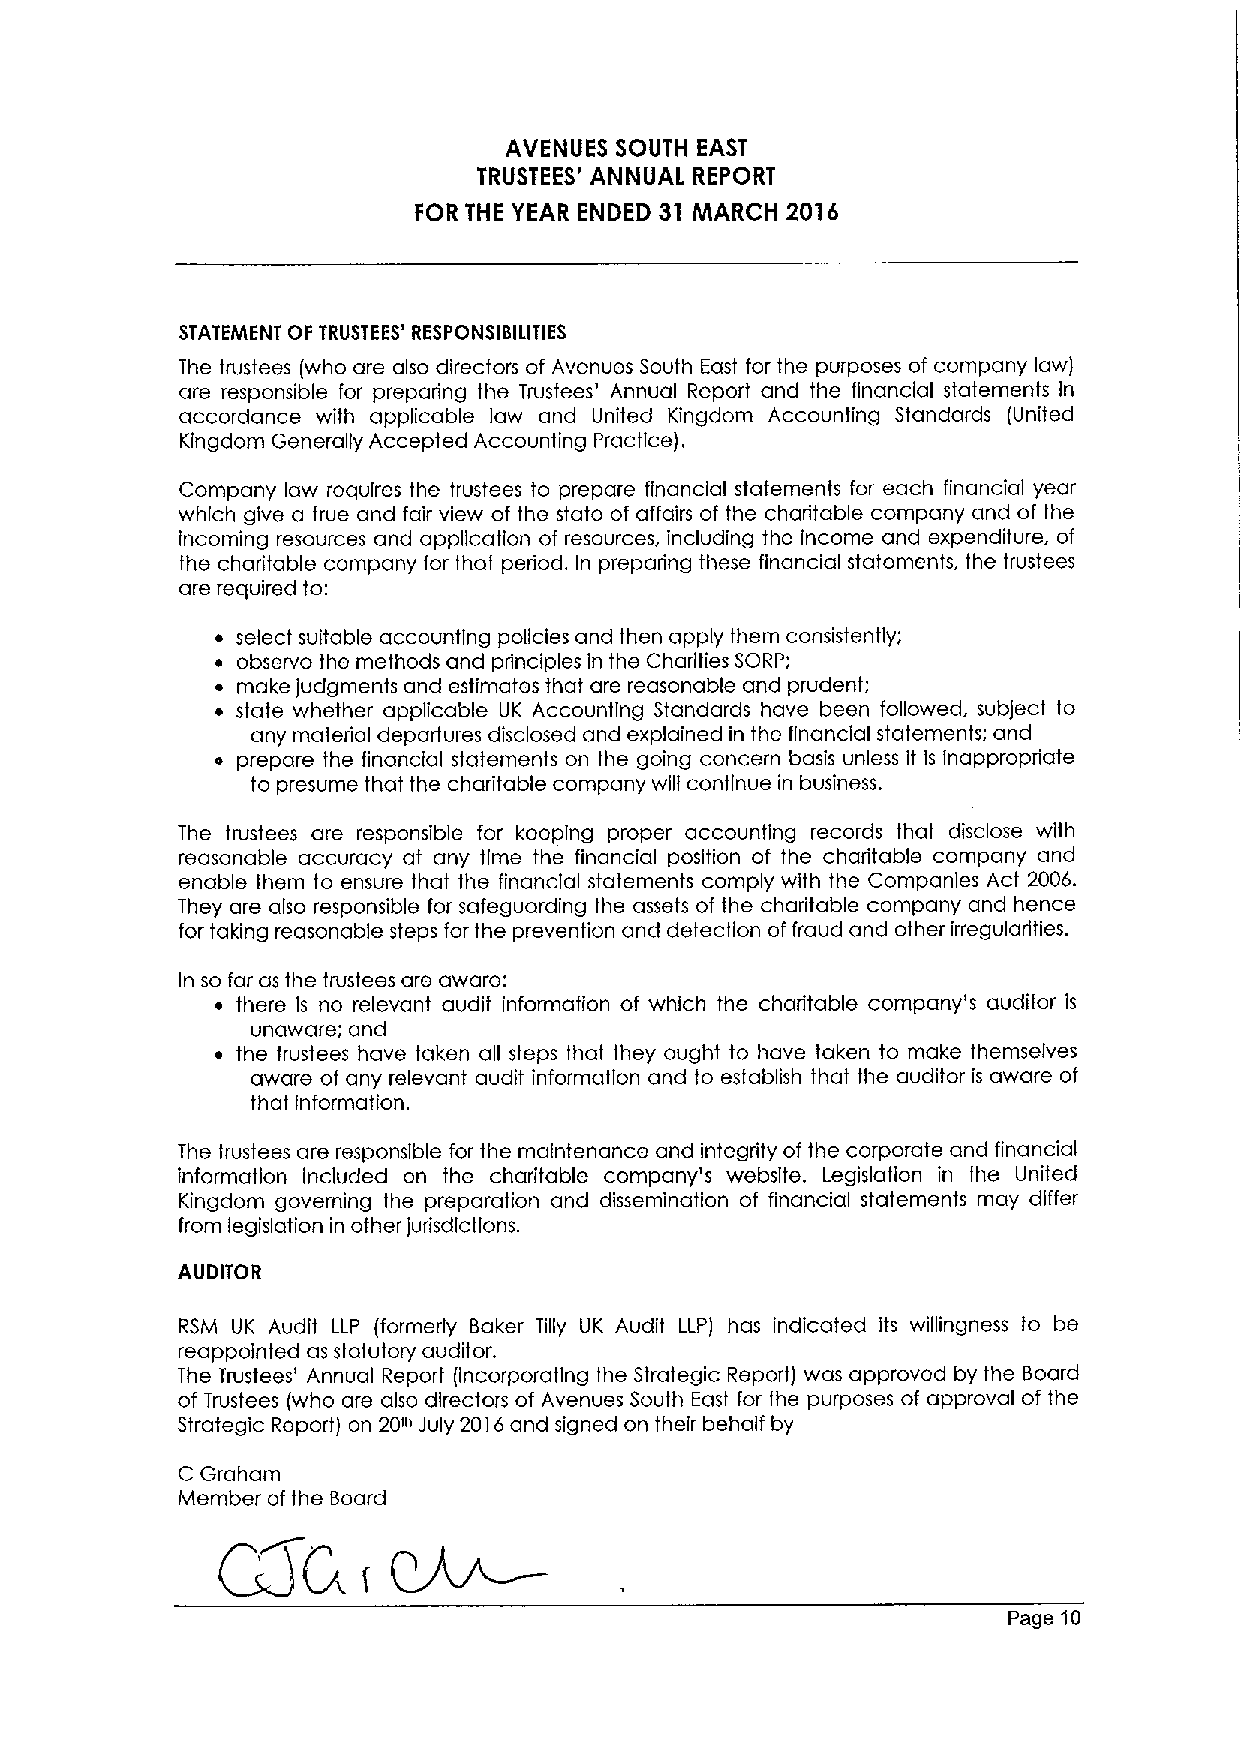
AVENUES SOUTH EAST
 TRUSTEES' ANNUAL REPORT
 FOR THE YEAR ENDED 31 MARCH 2016
 STATEMENT OF TRUSTEES' RESPONSIBILITIES
 The trustees (who are also directors of Avenues South East for the purposes of company law)
 are responsible for preparing the Trustees' Annual Report and the financial statements In
 accordance with applicable law and United Kingdom Accounting Standards (United
 Kingdom Generally Accepted Accounting Practice).
 Company law requires the trustees to prepare financial statements for each financial year
 which give a true and fair view of the state of affairs of the charitable company and of the
 incoming resources and application of resources, including the income and expenditure, of
 the charitable company for that period, In preparing these financial statements, the trustees
 are required to:
 ~ select suitable accounting policies and then apply them consistently;
 ~ observe the methods and principles in the Charities SORP;
 ~ make Judgments and estimates that are reasonable and prudent;
 ~ state whether applicable UK Accounting Standards have been followed, subject to
 any material departures disclosed and explained in the financial statements; and
 a prepare the financial statements on the going concern basis unless it Is Inappropriate
 to presume that the charitable company will continue in business.
 The trustees are responsible for keeping proper accounting records that disclose with
 reasonable accuracy at any time the financial position of the charitable company and
 enable them to ensure that the financial statements comply with the Companies Act 2006.
 They are also responsible for safeguarding the assets of the charitable company and hence
 for taking reasonable steps for the prevention and detection of fraud and other irregularities.
 In so far as the trustees are aware:
 ~ there Is no relevant audit information of which the charitable company's auditor is
 unaware; and
 ~ the trustees have taken all steps that they ought to have taken to make themselves
 aware of any relevant audit information and to establish that the auditor is aware of
 that information.
 The trustees are responsible for the maintenance and integrity of the corporate and financial
 information included on the charitable company's website. Legislation in the United
 Kingdom governing the preparation and dissemination of financial statements may differ
 from legislation in other Jurisdictions.
 AUDITOR
 RSM UK Audit LLP (formerly Baker Tilly UK Audit LLP) has indicated its willingness to be
 reappointed as statutory auditor.
 The Trustees' Annual Report (incorporating the Strategic Report) was approved by the Board
 of Trustees (who are also directors of Avenues South East for the purposes of approval of the
 Strategic Report) on 20» July 2016and signed on their behalf by
 C Graham
 Member ofthe Board
 Page 10